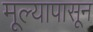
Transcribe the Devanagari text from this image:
मूल्यापासून